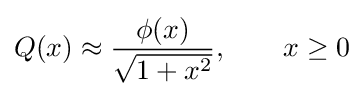
Q(x)\approx {\frac {\phi (x)}{\sqrt {1+x^{2}}}},\qquad x\geq 0